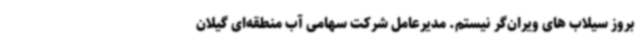
بروز سیلاب های ویران‌گر نیستم. مدیرعامل شرکت سهامی آب منطقه‌ای گیلان